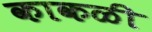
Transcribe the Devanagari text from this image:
काकळी